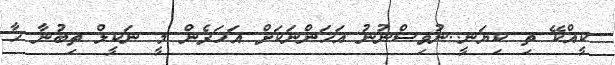
ކީއްކޭ ތި ކިޔަނީ..ނުވިސްނުނު އަހަންނަކަށް އަހަރެން މީ ނަކީލް ތިބުނާ ހާ